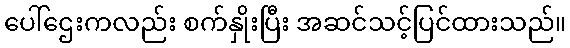
ပေါ်ဌေးကလည်း စက်နှိုးပြီး အဆင်သင့်ပြင်ထားသည်။